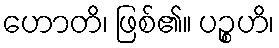
ဟောတိ၊ ဖြစ်၏။ ပဉ္စဟိ၊